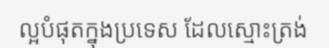
ល្អបំផុតក្នុងប្រទេស ដែលស្មោះត្រង់